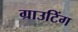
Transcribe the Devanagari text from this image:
ग्राउटिंग